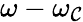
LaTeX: \omega-\omega_{\mathcal{C}}